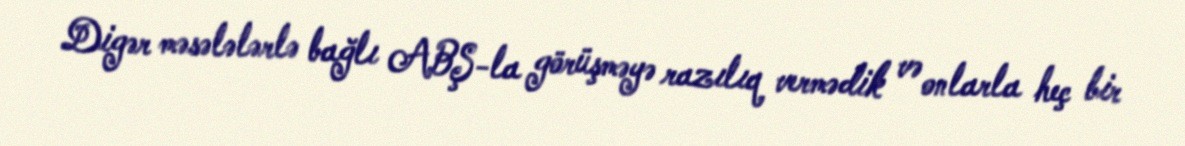
Digər məsələlərlə bağlı ABŞ-la görüşməyə razılıq vermədik və onlarla heç bir